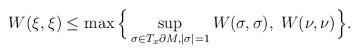
LaTeX: \begin{align*}W(\xi, \xi) \leq \max \Big\{ \sup_{\sigma \in T_x \partial M, |\sigma|=1} W(\sigma, \sigma),\; W(\nu, \nu) \Big\}.\end{align*}